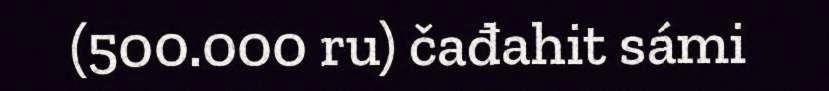
(500.000 ru) čađahit sámi